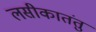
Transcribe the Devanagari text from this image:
लसीकातंतु